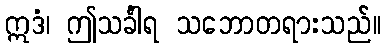
ဣဒံ၊ ဤသင်္ခါရ သဘောတရားသည်။